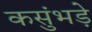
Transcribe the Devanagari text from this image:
कसुंभड़े